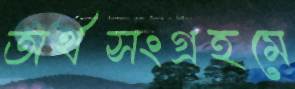
অর্থসংগ্রহমে